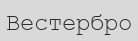
Вестербро